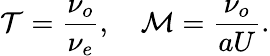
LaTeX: \mathcal{T}=\frac{\nu_{o}}{\nu_{e}},\quad\mathcal{M}=\frac{\nu_{o}}{aU}.